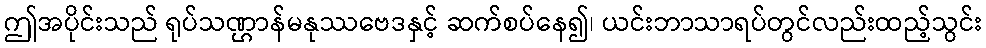
ဤအပိုင်းသည် ရုပ်သဏ္ဌာန်မနုဿဗေဒနှင့် ဆက်စပ်နေ၍၊ ယင်းဘာသာရပ်တွင်လည်းထည့်သွင်း